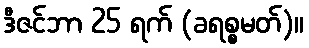
ဒီဇင်ဘာ 25 ရက် (ခရစ္စမတ်)။